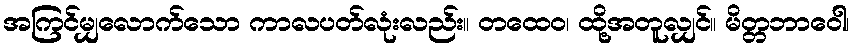
အကြင်မျှလောက်သော ကာလပတ်လုံးလည်း။ တထေဝ၊ ထို့အတူလျှင်။ မိတ္တဘာဝေါ၊